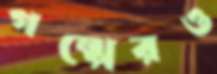
গল্পেরও